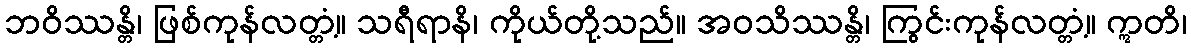
ဘဝိဿန္တိ၊ ဖြစ်ကုန်လတ္တံ့။ သရီရာနိ၊ ကိုယ်တို့သည်။ အဝသိဿန္တိ၊ ကြွင်းကုန်လတ္တံ့။ ဣတိ၊